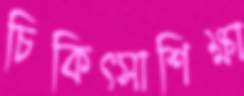
চিকিত্সাশিক্ষা